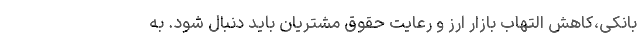
بانکی،کاهش التهاب بازار ارز و رعایت حقوق مشتریان باید دنبال شود. به